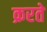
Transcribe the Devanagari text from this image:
क्ररते